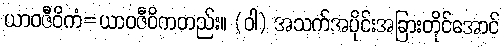
ယာဝဇီဝိကံ=ယာဝဇီဝိကတည်း။ (ဝါ) အသက်အပိုင်းအခြားတိုင်အောင်